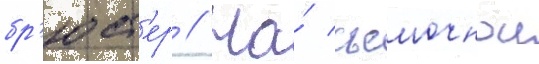
бр'юст'ер // На́ съемочнои